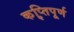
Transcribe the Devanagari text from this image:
कॢप्तिपूर्ण